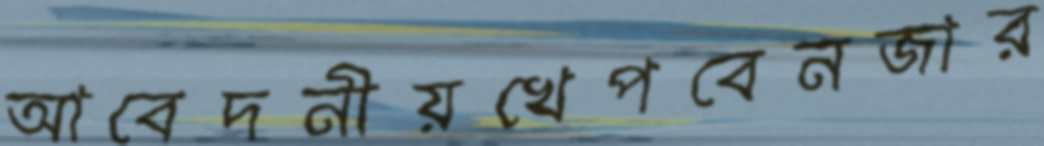
আবেদনীয়খেপবেনজার